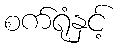
စက်ရုံနှင့်